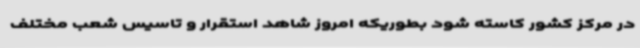
در مرکز کشور کاسته شود بطوریکه امروز شاهد استقرار و تاسیس شعب مختلف